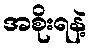
အစိုးရနဲ့